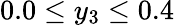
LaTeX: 0.0\leq y_{3}\leq 0.4